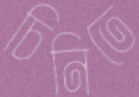
চিনিতে